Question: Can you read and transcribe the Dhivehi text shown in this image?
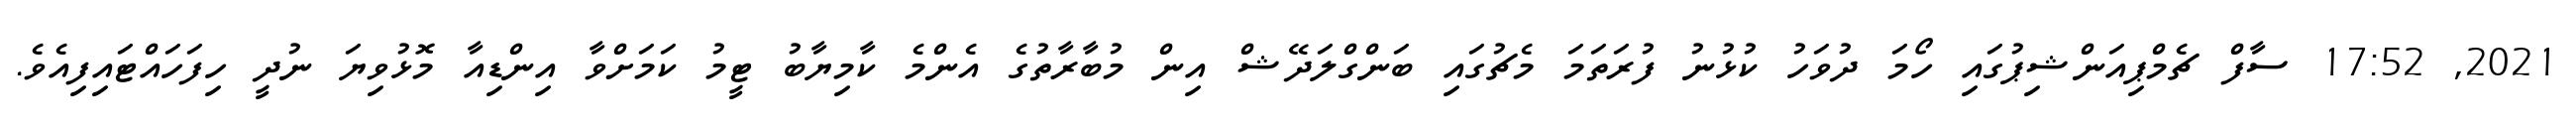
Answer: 2021, 17:52 ސާފް ޗެމްޕިއަންޝިޕުގައި ހޯމަ ދުވަހު ކުޅުނު ފުރަތަމަ މެޗުގައި ބަންގްލަދޭޝް އިން މުބާރާތުގެ އެންމެ ކާމިޔާބު ޓީމު ކަމަށްވާ އިންޑިއާ މޮޅުވިޔަ ނުދީ ހިފަހައްޓައިފިއެވެ.